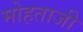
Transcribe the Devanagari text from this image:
मोहताजी